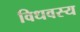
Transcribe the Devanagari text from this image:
विधवस्य